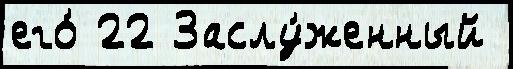
его́ 22 Заслу́женный